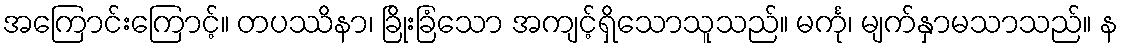
အကြောင်းကြောင့်။ တပဿိနာ၊ ခြိုးခြံသော အကျင့်ရှိသောသူသည်။ မင်္ကု၊ မျက်နှာမသာသည်။ န